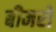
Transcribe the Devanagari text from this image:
बीमरों